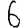
Digit: 6